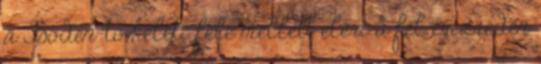
a Boden-tó keleti fele mellett eléri a fél évezreden